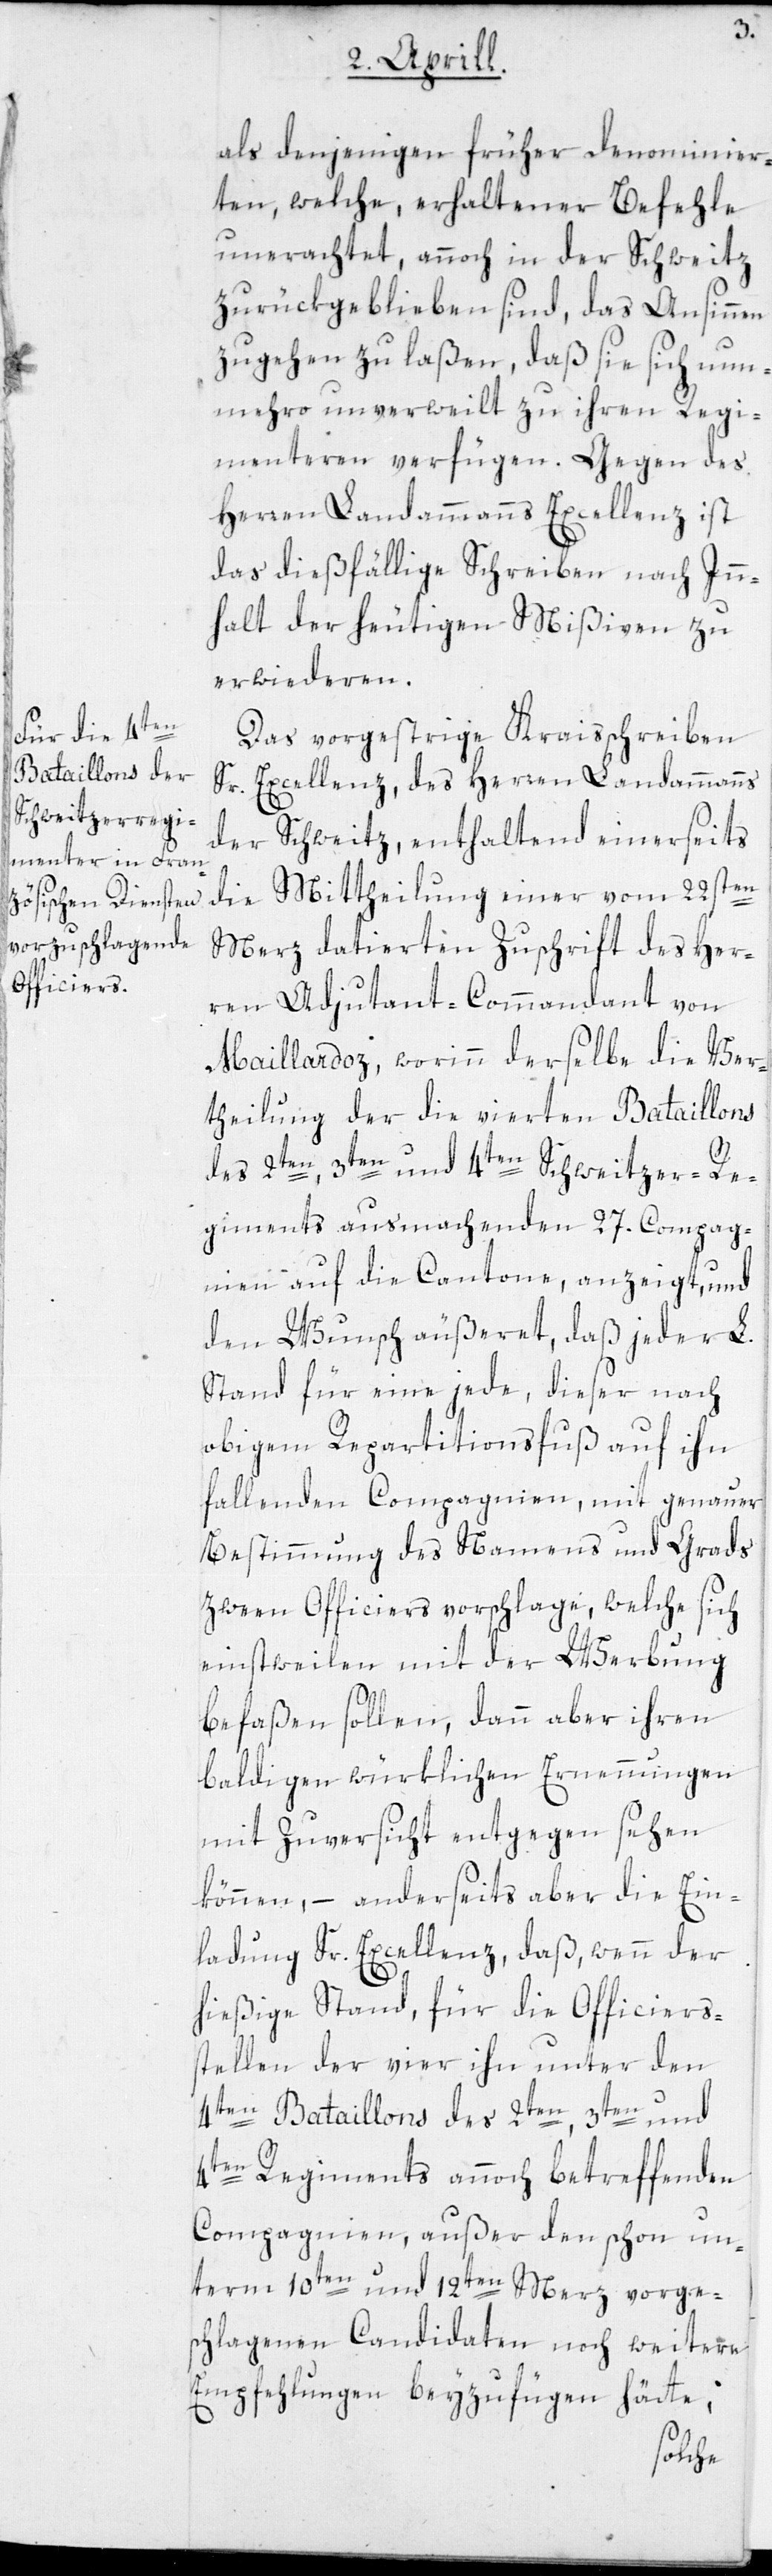
als denjenigen früher denominier¬
ten, welche, erhaltener Befehle
ungeachtet, annoch in der Schweitz
zurückgeblieben sind, das Ansinnen
zugehen zu laßen, daß sie sich nun¬
mehro unverweilt zu ihren Regi¬
menteren verfügen. Gegen des
Herren Landammanns Excellenz ist
das dießfällige Schreiben nach In¬
halt der heutigen Mißiven zu
erwiederen.
Das vorgestrige Kreisschreiben
Sr. Excellenz, des Herren Landammanns
der Schweitz, enthaltend einerseits
die Mittheilung einer vom 22sten
März datierten Zuschrift des Her¬
ren Adjutant-Commandant von
Maillardoz, worinn derselbe die Ver¬
theilung der die vierten Bataillons
des 2ten, 3ten und 4ten Schweitzer-Re¬
giments ausmachenden 27. Compag¬
nien auf die Cantone, anzeigt, und
den Wunsch äußeret, daß jeder L.
Stand für eine jede, dieser nach
obigem Repartitionsfuß auf ihn
fallenden Compagnien, mit genauer
Bestimmung des Namens und Grads
zween Officiers vorschlage, welche sich
einstweilen mit der Werbung
befaßen sollen, dann aber ihren
baldigen würklichen Ernennungen
mit Zuversicht entgegen sehen
können, – anderseits aber die Ein¬
ladung Sr. Excellenz, daß, wenn der
hießige Stand, für die Officiers¬
stellen der vier ihn unter den
4ten Bataillons des 2ten, 3ten und
4ten Regiments annoch betreffenden
Compagnien, außer den schon un¬
term 10ten und 12ten Merz vorge¬
schlagenen Candidaten noch weitere
Empfehlungen beyzufügen hätte,